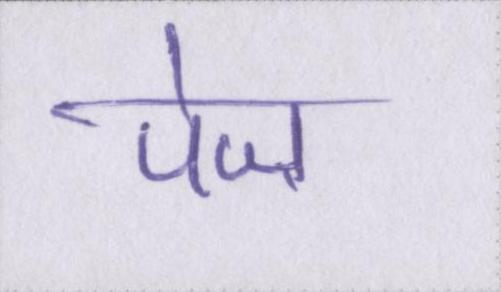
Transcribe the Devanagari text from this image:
पेज